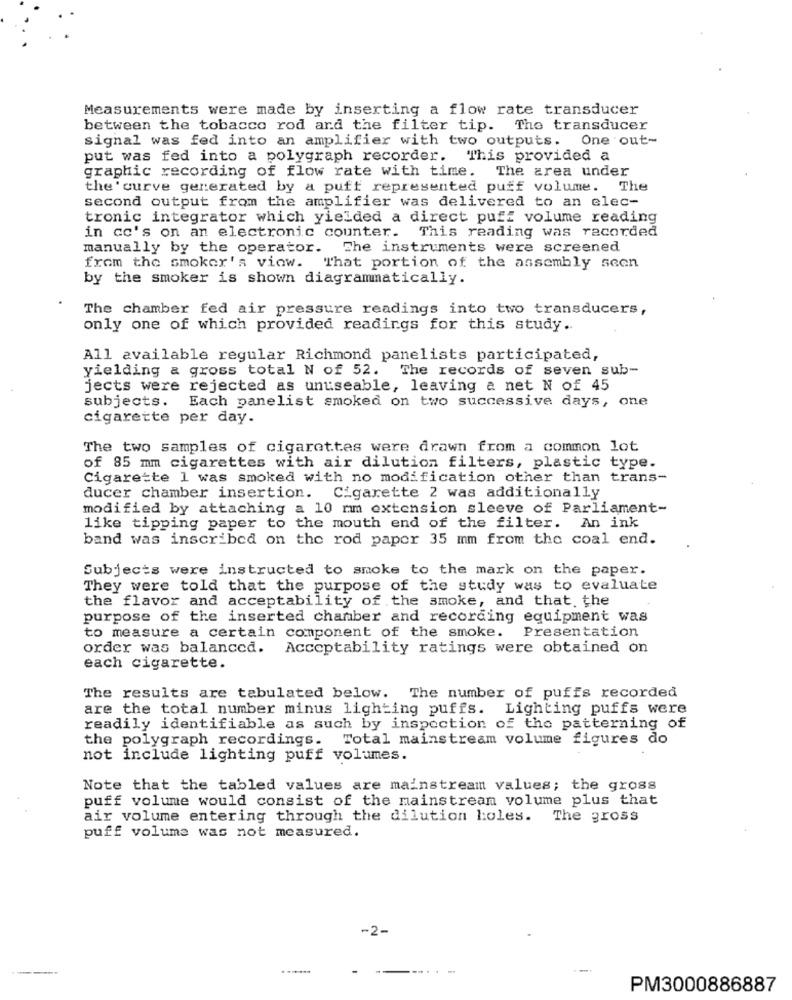
Measurements were made by inserting a flow rate transducer
between the tobacco rod and the filter tip. The transducer
signal was fed into an amplifier with two outputs. One out-
put was fed into a polygraph recorder. This provided a
graphic recording of flow rate with time. The area under
the 'curve generated by a puff represented puff volume. The
second output from the amplifier was delivered to an elec-
tronic integrator which yielded a direct puff volume reading
in co's on an electronic counter. This reading was recorded
manually by the operator. The instruments were screened
from the smoker's view. That portion of the assembly seen
by the smoker is shown diagrammatically.
The chamber fed air pressure readings into two transducers,
only one of which provided readings for this study ..
All available regular Richmond panelists participated,
yielding & gross total N of 52. The records of seven sub-
jects were rejected as unuseable, leaving a net N of 45
subjects. Each panelist smoked on two successive days, one
cigarette per day.
The two samples of cigarettes were drawn from a common lot
of 85 mm cigarettes with air dilution filters, plastic type.
Cigarette 1 was smoked with no modification other than trans-
ducer chamber insertion. Cigarette 2 was additionally
modified by attaching a 10 mm extension sleeve of Parliament-
like tipping paper to the mouth end of the filter. An ink
band was inscribed on the rod paper 35 mm from the coal end.
Subjects were instructed to smoke to the mark on the paper.
They were told that the purpose of the study was to evaluate
the flavor and acceptability of the smoke, and that, the
purpose of the inserted chamber and recording equipment was
Presentation
to measure a certain component of the smoke.
order was balanced. Acceptability ratings were obtained on
each cigarette.
The results are tabulated below. The number of puffs recorded
are the total number minus lighting puffs. Lighting puffs were
readily identifiable as such by inspection of the patterning of
the polygraph recordings. Total mainstream volume figures do
not include lighting puff volumes.
Note that the tabled values are mainstream values; the gross
puff volume would consist of the mainstream volume plus that
air volume entering through the dilution holes. The gross
puff volume was not measured.
-2-
-
PM3000886887